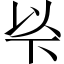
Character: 𠀳